Civil Veterinary Department Bihar & Orissa reports 1929-36 - 1929-1936
Year: 1929
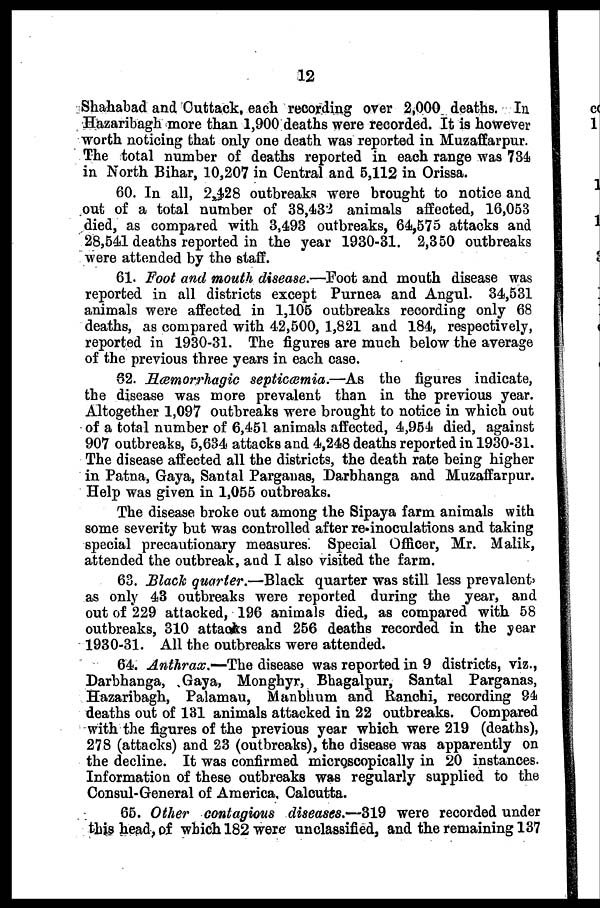
12
Shahabad and Cuttack, each recording over 2,000 deaths. In
Hazaribagh more than 1,900 deaths were recorded. It is however
worth noticing that only one death was reported in Muzaffarpur.
The total number of deaths reported in each range was 734
in North Bihar, 10,207 in Central and 5,112 in Orissa.
60. In all, 2,428 outbreaks were brought to notice and
out of a total number of 38,432 animals affected, 16,053
died, as compared with 3,493 outbreaks, 64,575 attacks and
28,541 deaths reported in the year 1930-31. 2,350 outbreaks
were attended by the staff.
61. Foot and mouth disease.—Foot and mouth disease was
reported in all districts except Purnea and Angul. 34,531
animals were affected in 1,105 outbreaks recording only 68
deaths, as compared with 42,500, 1,821 and 184, respectively,
reported in 1930-31. The figures are much below the average
of the previous three years in each case.
62. Hæmorrhagic septicæmia.—As
the figures indicate,
the disease was more prevalent than in the previous year.
Altogether 1,097 outbreaks were brought to notice in which out
of a total number of 6,451 animals affected, 4,954 died, against
907 outbreaks, 5,634 attacks and 4,248 deaths reported in 1930-31.
The disease affected all the districts, the death rate being higher
in Patna, Gaya, Santal Parganas, Darbhanga and Muzaffarpur.
Help was given in 1,055 outbreaks.
The disease broke out among the Sipaya farm animals with
some severity but was controlled after re-inoculations and taking
special precautionary measures. Special Officer, Mr. Malik,
attended the outbreak, and I also visited the farm.
63. Black quarter.—Black quarter was still less prevalent'
as only 43 outbreaks were reported during the year, and
out of 229 attacked, 196 animals died, as compared with 58
outbreaks, 310 attacks and 256 deaths recorded in the year
1930-31. All the outbreaks were attended.
64. Anthrax.—-The disease was reported in 9 districts, viz.,
Darbhanga, Gaya, Monghyr, Bhagalpur, Santal Parganas,
Hazaribagh, Palamau, Manbhum and Ranchi, recording 94
deaths out of 131 animals attacked in 22 outbreaks. Compared
with the figures of the previous year which were 219 (deaths),
278 (attacks) and 23 (outbreaks), the disease was apparently on
the decline. It was confirmed microscopically in 20 instances.
Information of these outbreaks was regularly supplied to the
Consul-General of America. Calcutta.
65. Other contagious diseases.—319 were recorded under
this head, of which 182 were unclassified, and the remaining 137